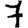
Digit: 7